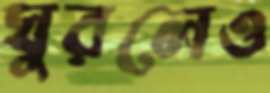
ঘুরলেও